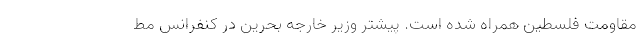
مقاومت فلسطین همراه شده است. پیشتر وزیر خارجه بحرین در کنفرانس مط